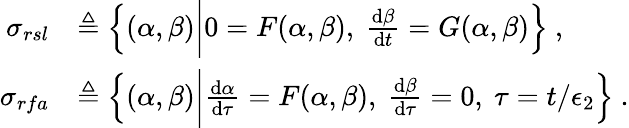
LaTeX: \begin{array}{rl}{\sigma_{rsl}}&{\triangleq\left\{ (\alpha,\beta)\bigg|0=F(\alpha,\beta),~\frac{\mathrm{d}\beta}{\mathrm{d}t}=G(\alpha,\beta)\right\} \ ,}\\ {\sigma_{rfa}}&{\triangleq\left\{ (\alpha,\beta)\bigg|\frac{\mathrm{d}\alpha}{\mathrm{d}\tau}=F(\alpha,\beta),~\frac{\mathrm{d}\beta}{\mathrm{d}\tau}=0,~\tau=t/\epsilon_{2}\right\} \ .}\end{array}